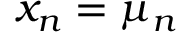
x _ { n } = \mu _ { n }